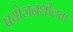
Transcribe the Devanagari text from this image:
प्रयोजनशीलता